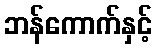
ဘန်ကောက်နှင့်